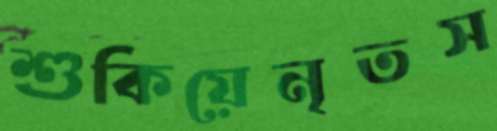
শুকিয়েনৃতস